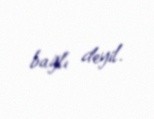
bağlı deyil.